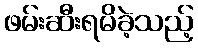
ဖမ်းဆီးရမိခဲ့သည့်